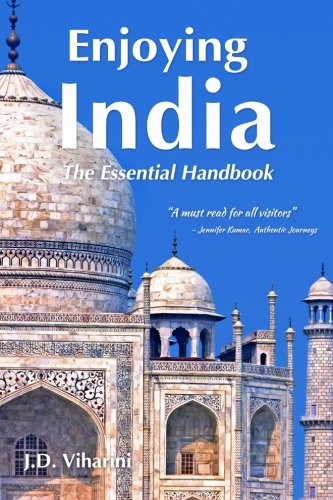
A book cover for Enjoying India: The Essential Handbook; J D Viharini; Travel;